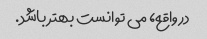
در واقع، می توانست بهتر باشد.